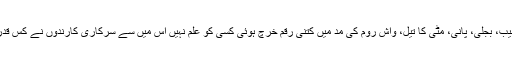
خیموں کی خریداری، تنصیب، بجلی، پانی، مٹی کا تیل، واش روم کی مد میں کتنی رقم خرچ ہوئی کسی کو علم نہیں اس میں سے سرکاری کارندوں نے کس قدر حصہ رسدی وصول کیا؟